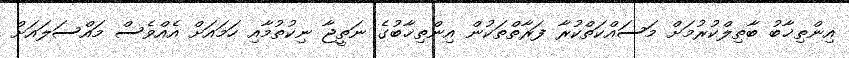
އިންތިޚާބު ބާތިލްކުރުމަށް މަސައްކަތްކުރާ ފަރާތްތަކުން އިންތިޚާބުގެ ނަތީޖާ ނިކުތުމާއި ހަމައަށް އެއްވެސް މައްސަލައަށް